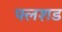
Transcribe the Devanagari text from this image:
फ्लशड